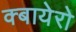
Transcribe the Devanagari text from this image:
क्बायेरो